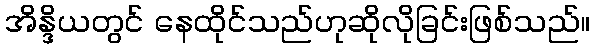
အိန္ဒိယတွင် နေထိုင်သည်ဟုဆိုလိုခြင်းဖြစ်သည်။